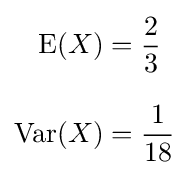
{\begin{aligned}\operatorname {E} (X)&={\frac {2}{3}}\\[8pt]\operatorname {Var} (X)&={\frac {1}{18}}\end{aligned}}